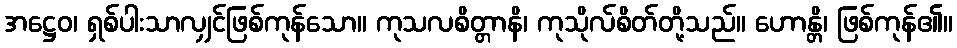
အဋ္ဌေဝ၊ ရှစ်ပါးသာလျှင်ဖြစ်ကုန်သော။ ကုသလစိတ္တာနိ၊ ကုသိုလ်စိတ်တို့သည်။ ဟောန္တိ၊ ဖြစ်ကုန်၏။